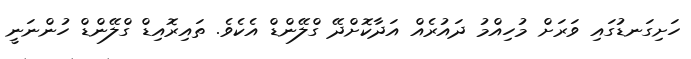
ހަށިގަނޑުގައި ވަރަށް މުހިއްމު ދައުރެއް އަދާކޮށްދޭ ގްލޭންޑް އެކެވެ. ތައިރޮއިޑް ގްލޭންޑް ހުންނަނީ